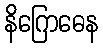
နိဂြောဓေန